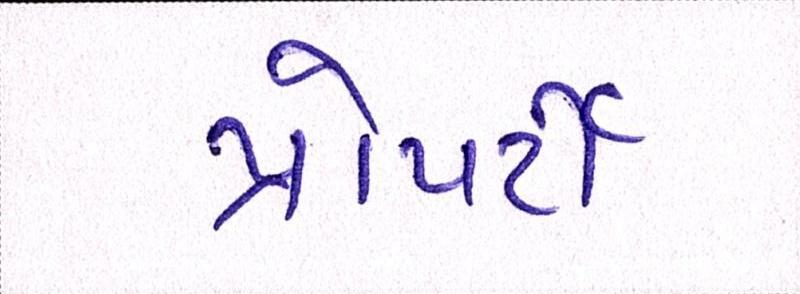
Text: પ્રોપર્ટી